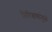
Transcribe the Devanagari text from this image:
निरिक्षणांमुळे